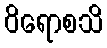
ဝိရောစသိ